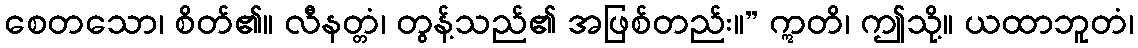
စေတသော၊ စိတ်၏။ လီနတ္တံ၊ တွန့်သည်၏ အဖြစ်တည်း။” ဣတိ၊ ဤသို့။ ယထာဘူတံ၊